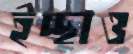
ইচ্ছাও